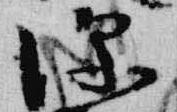
深